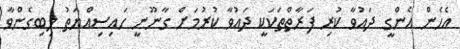
އެހެން އެންގީ ދައުވާ ކުރި ފަރާތްތަކަކީ ދައުވާ ކުރުމަށް ގާނޫނީ ހައިސިއްޔަތު ލިބިގެންވާ